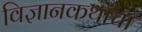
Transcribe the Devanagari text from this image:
विज्ञानकथांचा